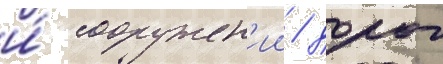
и́ сооружен'ии / дорог